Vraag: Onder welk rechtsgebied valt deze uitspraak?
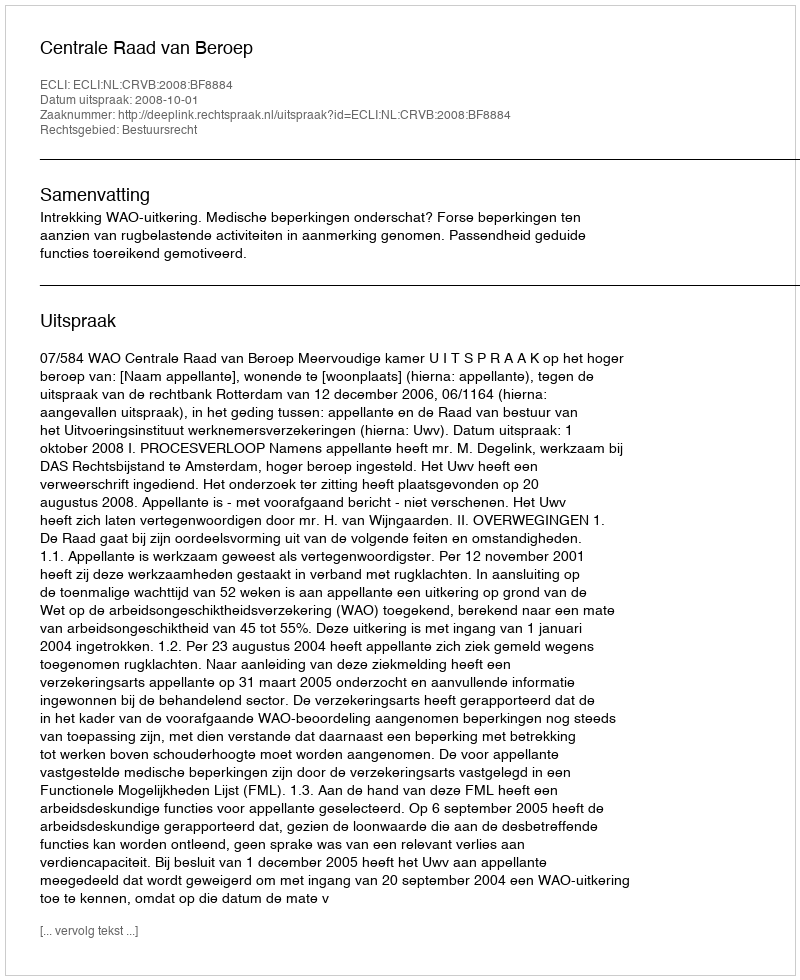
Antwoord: Bestuursrecht